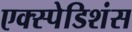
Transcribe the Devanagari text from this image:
एक्स्पेडिशंस